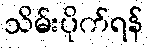
သိမ်းပိုက်ရန်